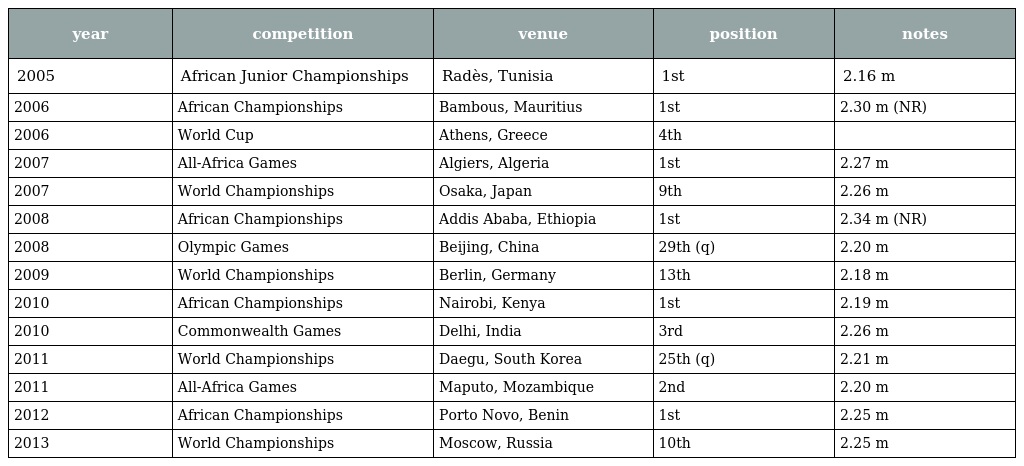
| year | competition | venue | position | notes |
 | --- | --- | --- | --- | --- |
 | 2005 | African Junior Championships | Radès, Tunisia | 1st | 2.16 m |
 | 2006 | African Championships | Bambous, Mauritius | 1st | 2.30 m (NR) |
 | 2006 | World Cup | Athens, Greece | 4th |  |
 | 2007 | All-Africa Games | Algiers, Algeria | 1st | 2.27 m |
 | 2007 | World Championships | Osaka, Japan | 9th | 2.26 m |
 | 2008 | African Championships | Addis Ababa, Ethiopia | 1st | 2.34 m (NR) |
 | 2008 | Olympic Games | Beijing, China | 29th (q) | 2.20 m |
 | 2009 | World Championships | Berlin, Germany | 13th | 2.18 m |
 | 2010 | African Championships | Nairobi, Kenya | 1st | 2.19 m |
 | 2010 | Commonwealth Games | Delhi, India | 3rd | 2.26 m |
 | 2011 | World Championships | Daegu, South Korea | 25th (q) | 2.21 m |
 | 2011 | All-Africa Games | Maputo, Mozambique | 2nd | 2.20 m |
 | 2012 | African Championships | Porto Novo, Benin | 1st | 2.25 m |
 | 2013 | World Championships | Moscow, Russia | 10th | 2.25 m |